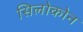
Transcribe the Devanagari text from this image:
सिलोकोन